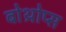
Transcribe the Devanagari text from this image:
बोथ्रोप्स